Subject: math
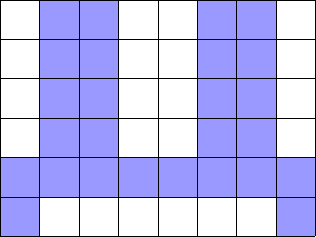
LaTeX code:
			\begin{tikzpicture}[scale = 0.5]
			\draw[step=1cm,black,very thin] (3, 0) grid (11,6);

			\fill[blue!40!white] (3,0) rectangle (4,1);
			\fill[blue!40!white] (3,1) rectangle (4,2);

			\fill[blue!40!white] (4,1) rectangle (5,2);
			\fill[blue!40!white] (4,2) rectangle (5,3);
			\fill[blue!40!white] (4,3) rectangle (5,4);
			\fill[blue!40!white] (4,4) rectangle (5,5);
			\fill[blue!40!white] (4,5) rectangle (5,6);

			\fill[blue!40!white] (5,1) rectangle (6,2);
			\fill[blue!40!white] (5,2) rectangle (6,3);
			\fill[blue!40!white] (5,3) rectangle (6,4);
			\fill[blue!40!white] (5,4) rectangle (6,5);
			\fill[blue!40!white] (5,5) rectangle (6,6);

			\fill[blue!40!white] (6,1) rectangle (7,2);
			\fill[blue!40!white] (7,1) rectangle (8,2);

			\fill[blue!40!white] (8,1) rectangle (9,2);
			\fill[blue!40!white] (8,2) rectangle (9,3);
			\fill[blue!40!white] (8,3) rectangle (9,4);
			\fill[blue!40!white] (8,4) rectangle (9,5);
			\fill[blue!40!white] (8,5) rectangle (9,6);

			\fill[blue!40!white] (9,1) rectangle (10,2);
			\fill[blue!40!white] (9,2) rectangle (10,3);
			\fill[blue!40!white] (9,3) rectangle (10,4);
			\fill[blue!40!white] (9,4) rectangle (10,5);
			\fill[blue!40!white] (9,5) rectangle (10,6);

			\fill[blue!40!white] (10,0) rectangle (11,1);
			\fill[blue!40!white] (10,1) rectangle (11,2);
			\draw[step=1cm,black,very thin] (3, 0) grid (11,6);
			\end{tikzpicture}